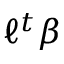
\ell ^ { t } \beta